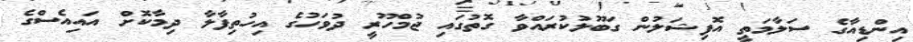
އިންޑިއާގެ ސަލާމަތީ އޮފިޝަލުން ގަބޫލުކުރައްވާ ގޮތުގައި ޖުމްހޫރީ ދުވަހުގެ އިހުތިފާލާ ދިމާކޮށް އައިއެސްގެ